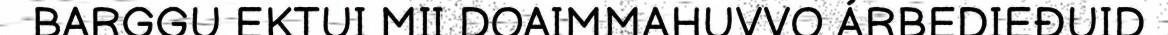
BARGGU EKTUI MII DOAIMMAHUVVO ÁRBEDIEĐUID